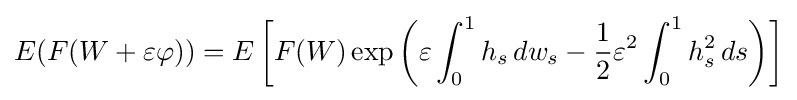
E(F(W+\varepsilon \varphi ))=E\left[F(W)\exp \left(\varepsilon \int _{0}^{1}h_{s}\,dw_{s}-{\frac {1}{2}}\varepsilon ^{2}\int _{0}^{1}h_{s}^{2}\,ds\right)\right]